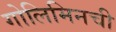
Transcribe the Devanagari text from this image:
गोलिमिनची